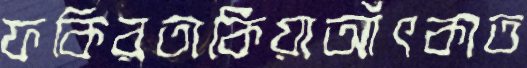
ফকিরতাকিয়াআঁৎকাত